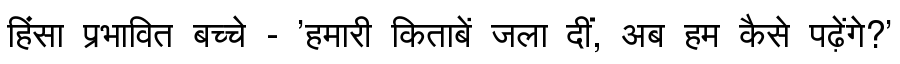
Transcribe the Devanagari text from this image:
हिंसा प्रभावित बच्चे - 'हमारी किताबें जला दीं, अब हम कैसे पढ़ेंगे?'